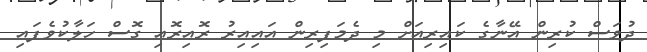
ދުވަސް ކުރިން އޭނާގެ ކައިރިއަށް މި ދެމަފިރިން އައިއިރު ރޮއިރޮއި ގޮސް ހަލާކުވެފައި